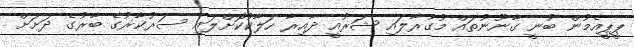
ޕީޕީއެމުން ބުނީ ގާނޫނުތައް މުގުރާލައި ޝަރުއީ ދާއިރާ ހަލާކުކޮށްލައި ސަރުކާރުގެ ބާރުގެ ދަށަށް